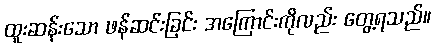
ထူးဆန်းသော ဖန်ဆင်းခြင်း အကြောင်းကိုလည်း တွေ့ရသည်။